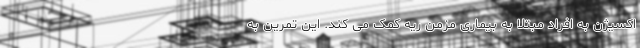
اکسیژن به افراد مبتلا به بیماری مزمن ریه کمک می کند. این تمرین به